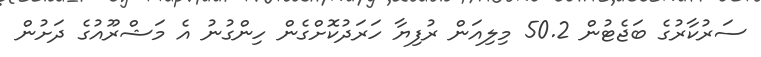
ސަރުކާރުގެ ބަޖެޓުން 50.2 މިލިއަން ރުފިޔާ ހަރަދުކޮށްގެން ހިންގުނު އެ މަޝްރޫއުގެ ދަށުން